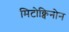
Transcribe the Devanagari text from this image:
मिटोक्विनोन